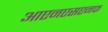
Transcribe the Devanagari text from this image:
आएनएसएनफ